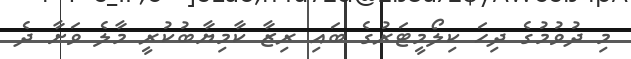
މި ދުވުމުގެ ދިހަ ކިލޯމީޓަރުގެ ބައި ރިޒާ ކާމިޔާބުކުރީ މާލެ ވަށާ ދެ